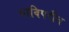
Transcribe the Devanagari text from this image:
याविपरीत